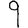
Digit: 9